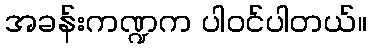
အခန်းကဏ္ဍက ပါဝင်ပါတယ်။